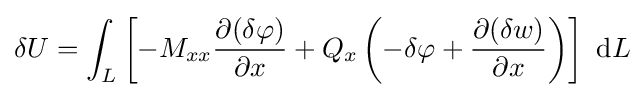
\delta U=\int _{L}\left[-M_{xx}{\frac {\partial (\delta \varphi )}{\partial x}}+Q_{x}\left(-\delta \varphi +{\frac {\partial (\delta w)}{\partial x}}\right)\right]~\mathrm {d} L